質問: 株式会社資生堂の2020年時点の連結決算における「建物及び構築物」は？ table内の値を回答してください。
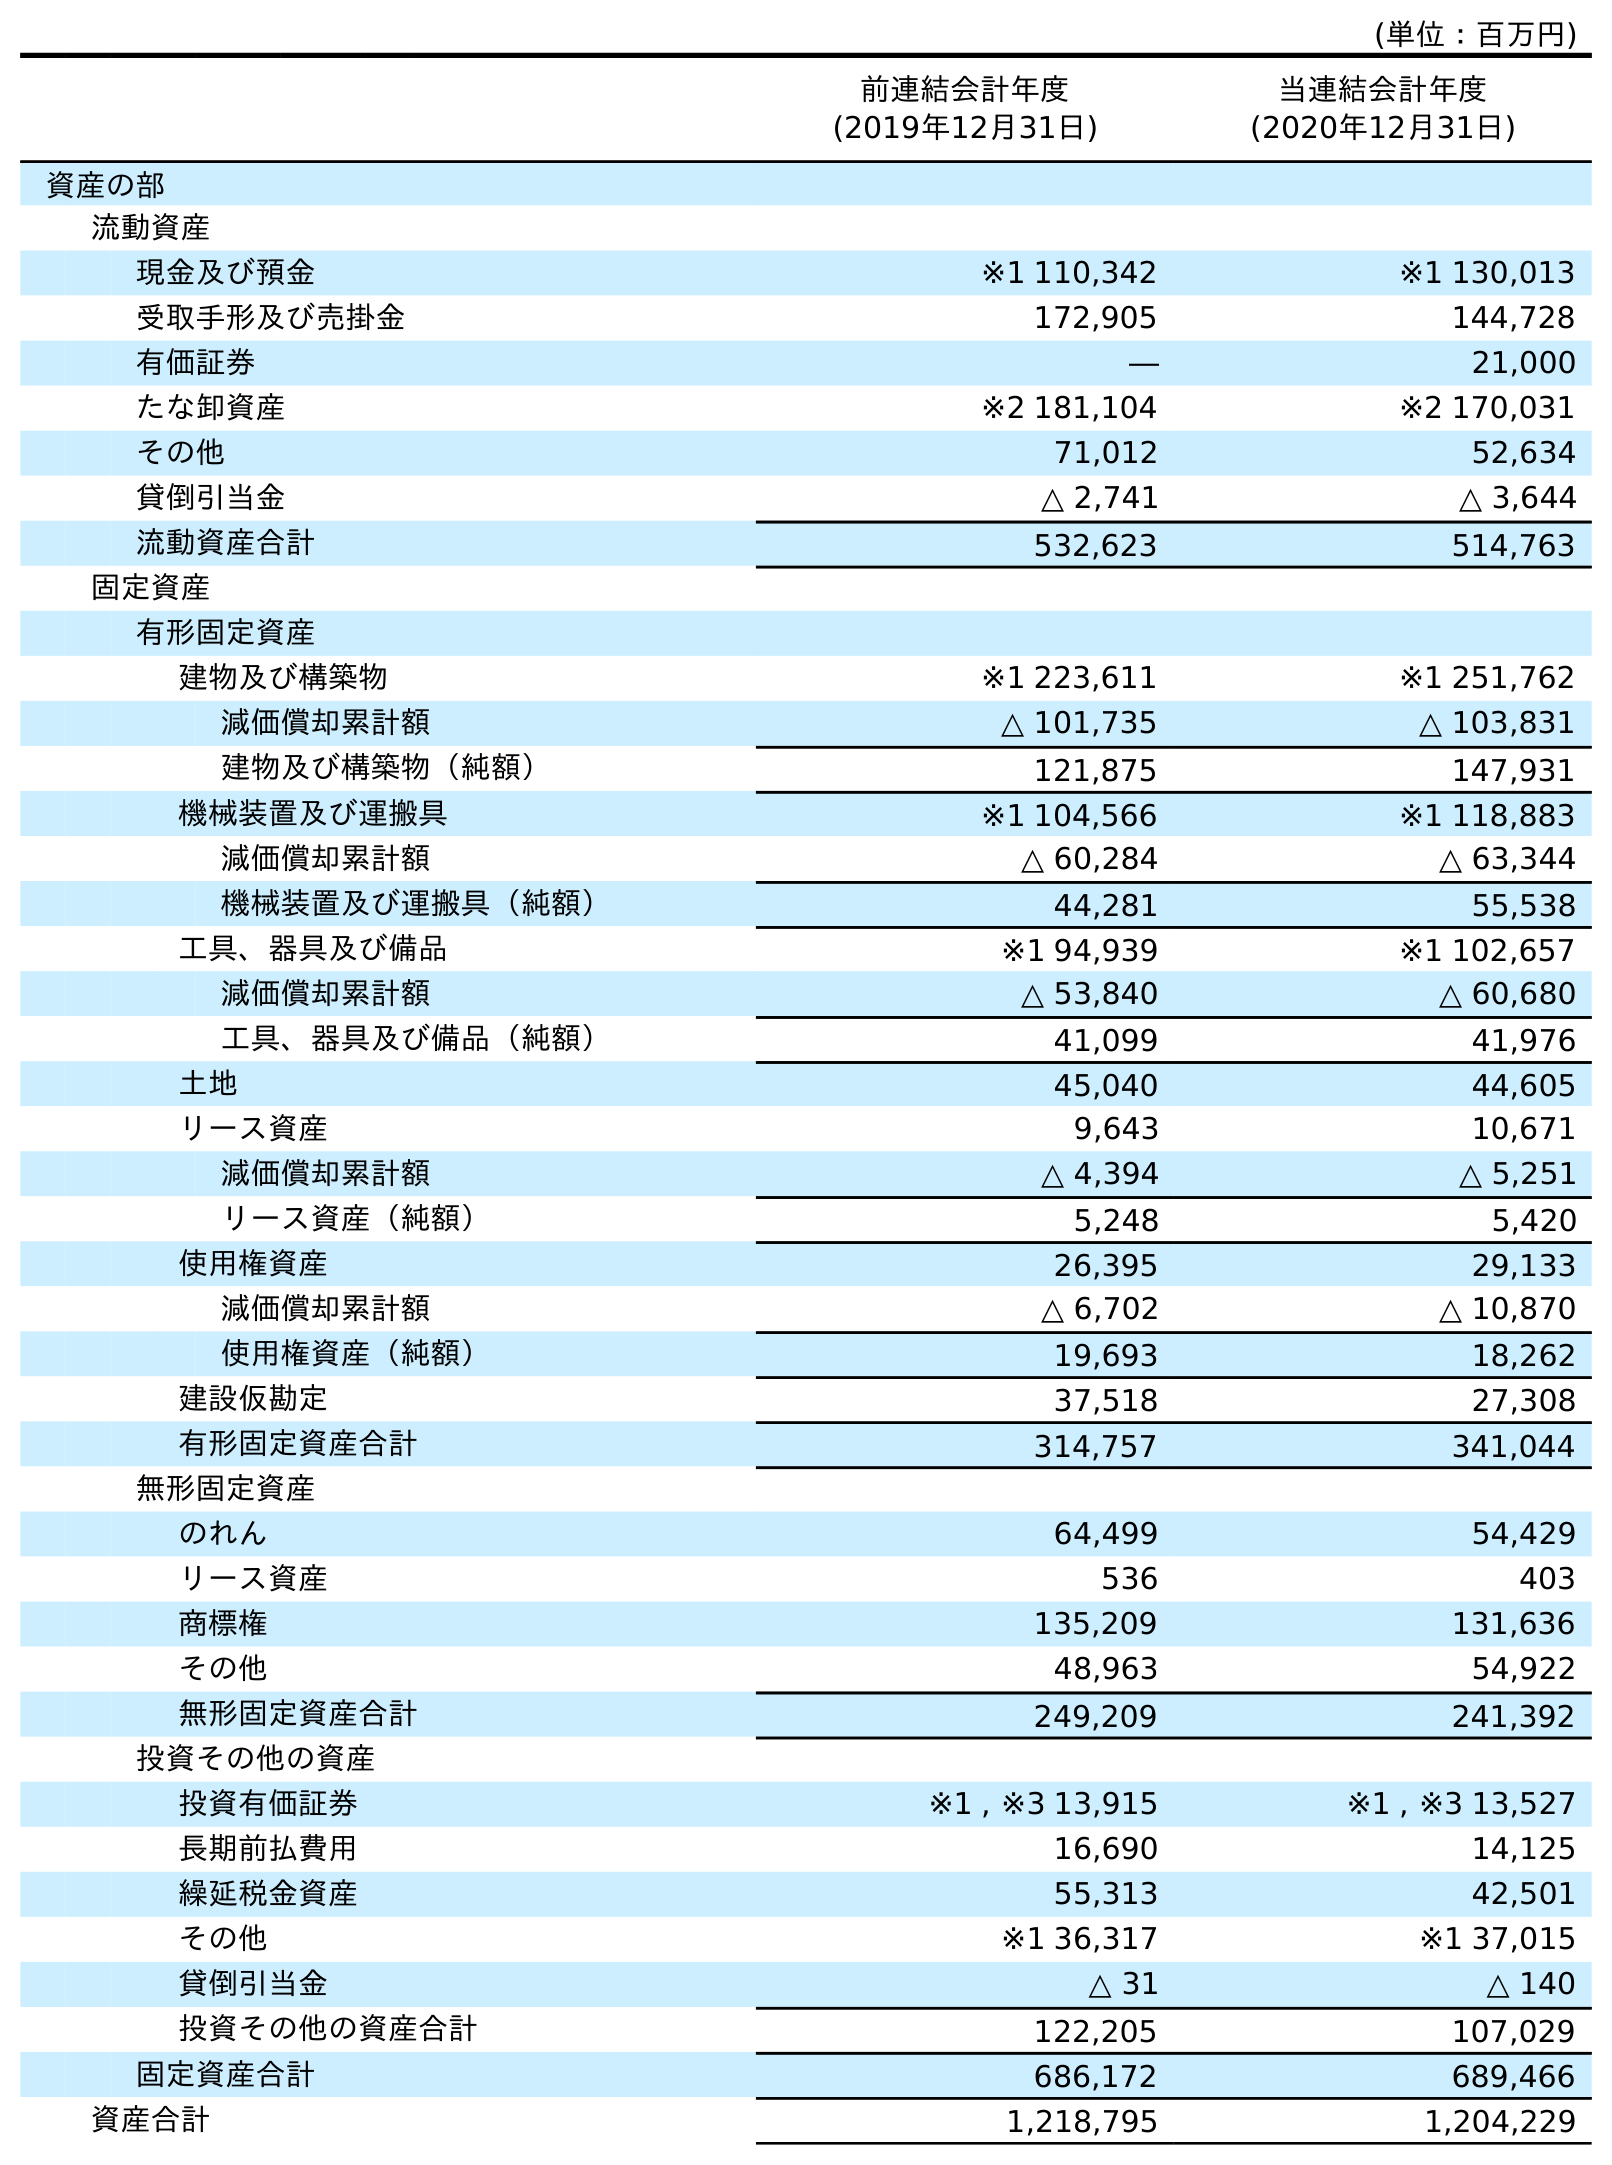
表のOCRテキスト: (単位：百万円) 前連結会計年度 (2019年12月31日) 当連結会計年度 (2020年12月31日) 資産の部 流動資産 現金及び預金 ※1 110,342 ※1 130,013 受取手形及び売掛金 172,905 144,728 有価証券 ― 21,000 たな卸資産 ※2 181,104 ※2 170,031 その他 71,012 52,634 貸倒引当金 △ 2,741 △ 3,644 流動資産合計 532,623 514,763 固定資産 有形固定資産 建物及び構築物 ※1 223,611 ※1 251,762 減価償却累計額 △ 101,735 △ 103,831 建物及び構築物（純額） 121,875 147,931 機械装置及び運搬具 ※1 104,566 ※1 118,883 減価償却累計額 △ 60,284 △ 63,344 機械装置及び運搬具（純額） 44,281 55,538 工具、器具及び備品 ※1 94,939 ※1 102,657 減価償却累計額 △ 53,840 △ 60,680 工具、器具及び備品（純額） 41,099 41,976 土地 45,040 44,605 リース資産 9,643 10,671 減価償却累計額 △ 4,394 △ 5,251 リース資産（純額） 5,248 5,420 使用権資産 26,395 29,133 減価償却累計額 △ 6,702 △ 10,870 使用権資産（純額） 19,693 18,262 建設仮勘定 37,518 27,308 有形固定資産合計 314,757 341,044 無形固定資産 のれん 64,499 54,429 リース資産 536 403 商標権 135,209 131,636 その他 48,963 54,922 無形固定資産合計 249,209 241,392 投資その他の資産 投資有価証券 ※1 , ※3 13,915 ※1 , ※3 13,527 長期前払費用 16,690 14,125 繰延税金資産 55,313 42,501 その他 ※1 36,317 ※1 37,015 貸倒引当金 △ 31 △ 140 投資その他の資産合計 122,205 107,029 固定資産合計 686,172 689,466 資産合計 1,218,795 1,204,229
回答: ※1251,762